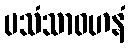
ပသံသာဝဟနံ